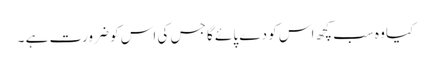
کیا وہ سب کچھ اس کو دے پائے گا جس کی اس کو ضرورت ہے ۔